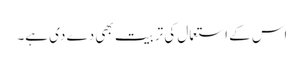
اس کے استعمال کی تربیت بھی دے دی ہے۔